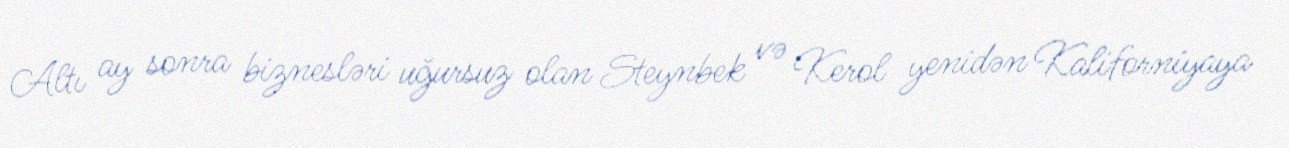
Altı ay sonra biznesləri uğursuz olan Steynbek və Kerol yenidən Kaliforniyaya